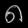
Digit: ၈